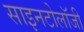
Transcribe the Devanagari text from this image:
साइनटोलॉजी